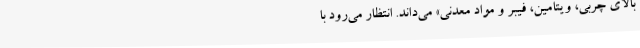
بالای چربی، ویتامین، فیبر و مواد معدنی» می‌داند. انتظار می‌رود با